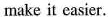
make it easier.